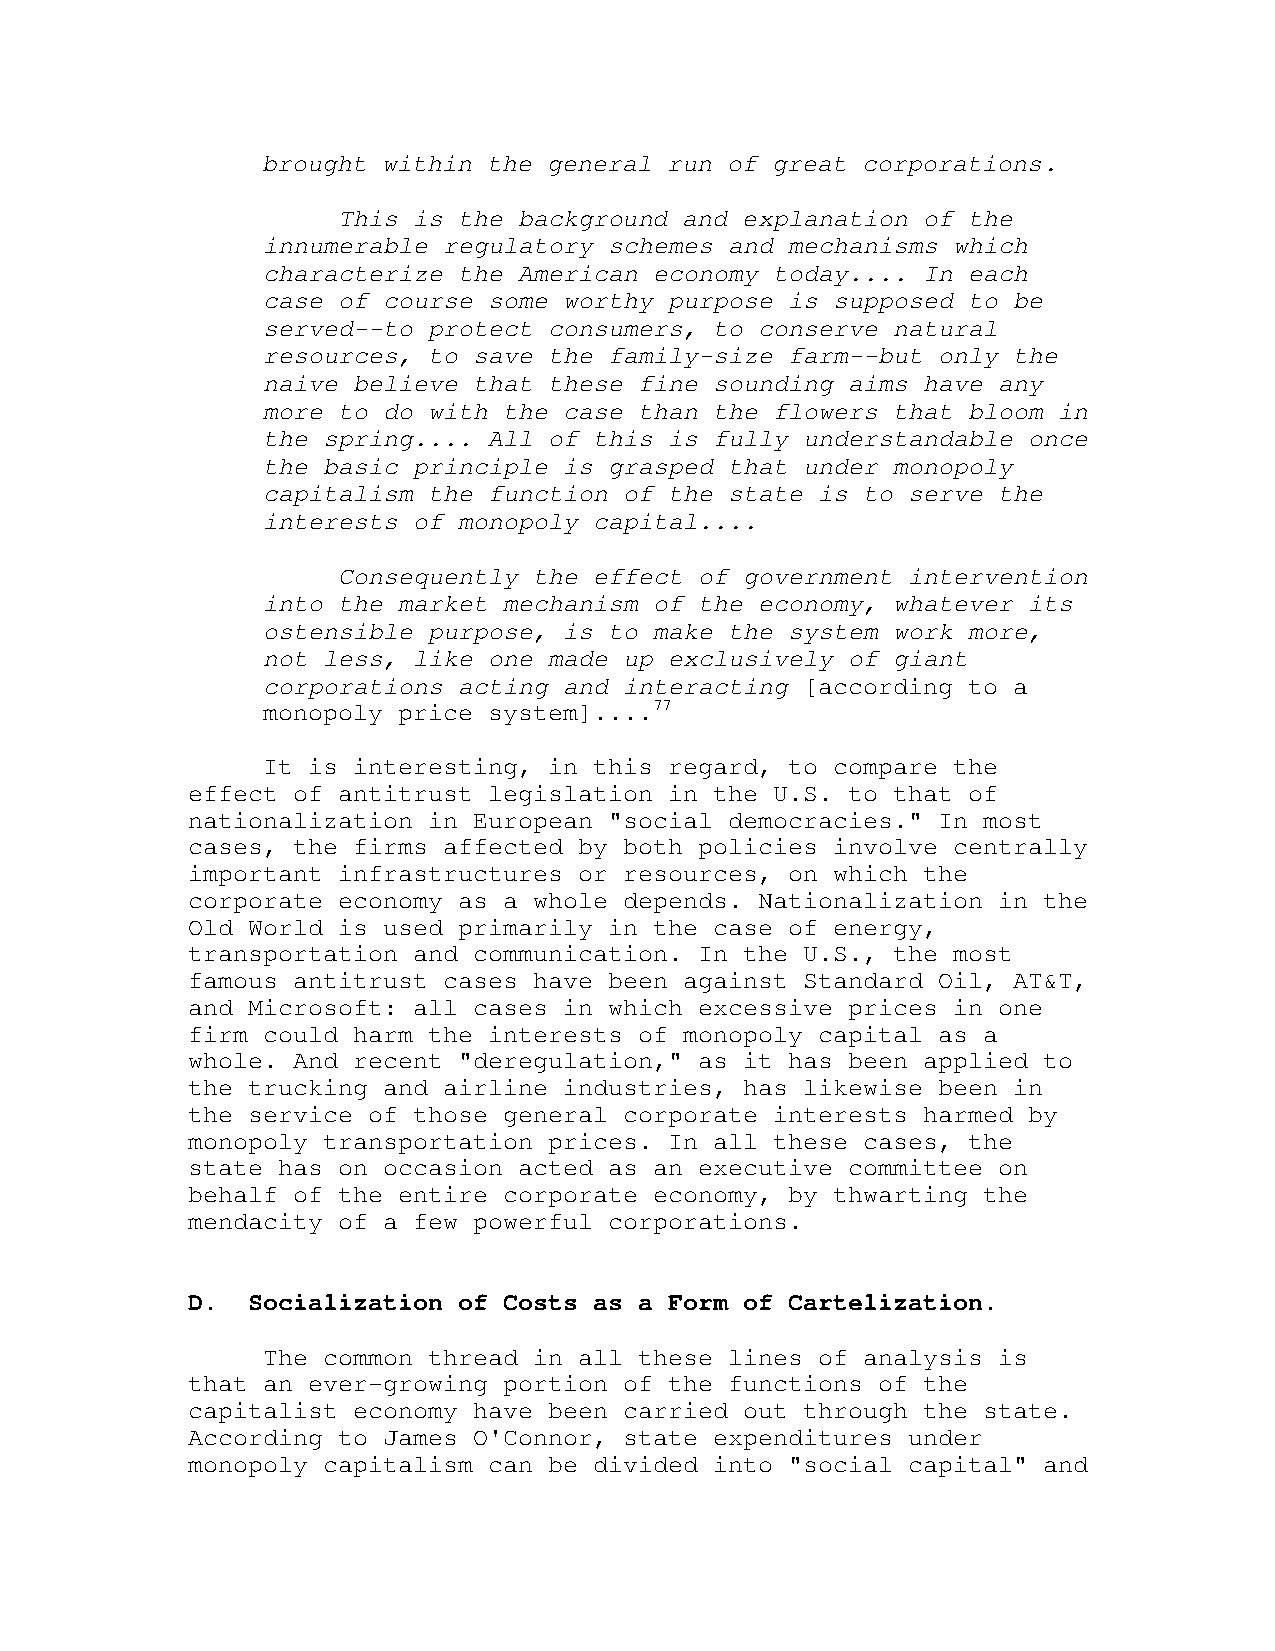
brought within the general run of great corporations.
 This is the background and explanation of the
 innumerable regulatory schemes and mechanisms which
 characterize the American economy today.... In each
 case of course some worthy purpose is supposed to be
 served--to protect consumers, to conserve natural
 resources, to save the family-size farm--but only the
 naive believe that these fine sounding aims have any
 more to do with the case than the flowers that bloom in
 the spring.... All of this is fully understandable once
 the basic principle is grasped that under monopoly
 capitalism the function of the state is to serve the
 interests of monopoly capital....
 Consequently the effect of government intervention
 into the market mechanism of the economy, whatever its
 ostensible purpose, is to make the system work more,
 not less, like one made up exclusively of giant
 corporations acting and interacting [according to a
 monopoly price system]....77
 It is interesting, in this regard, to compare the
 effect of antitrust legislation in the U.S. to that of
 nationalization in European "social democracies." In most
 cases, the firms affected by both policies involve centrally
 important infrastructures or resources, on which the
 corporate economy as a whole depends. Nationalization in the
 Old World is used primarily in the case of energy,
 transportation and communication. In the U.S., the most
 famous antitrust cases have been against Standard Oil, AT&T,
 and Microsoft: all cases in which excessive prices in one
 firm could harm the interests of monopoly capital as a
 whole. And recent "deregulation," as it has been applied to
 the trucking and airline industries, has likewise been in
 the service of those general corporate interests harmed by
 monopoly transportation prices. In all these cases, the
 state has on occasion acted as an executive committee on
 behalf of the entire corporate economy, by thwarting the
 mendacity of a few powerful corporations.
 D.  Socialization of Costs as a Form of Cartelization.
 The common thread in all these lines of analysis is
 that an ever-growing portion of the functions of the
 capitalist economy have been carried out through the state.
 According to James O'Connor, state expenditures under
 monopoly capitalism can be divided into "social capital" and